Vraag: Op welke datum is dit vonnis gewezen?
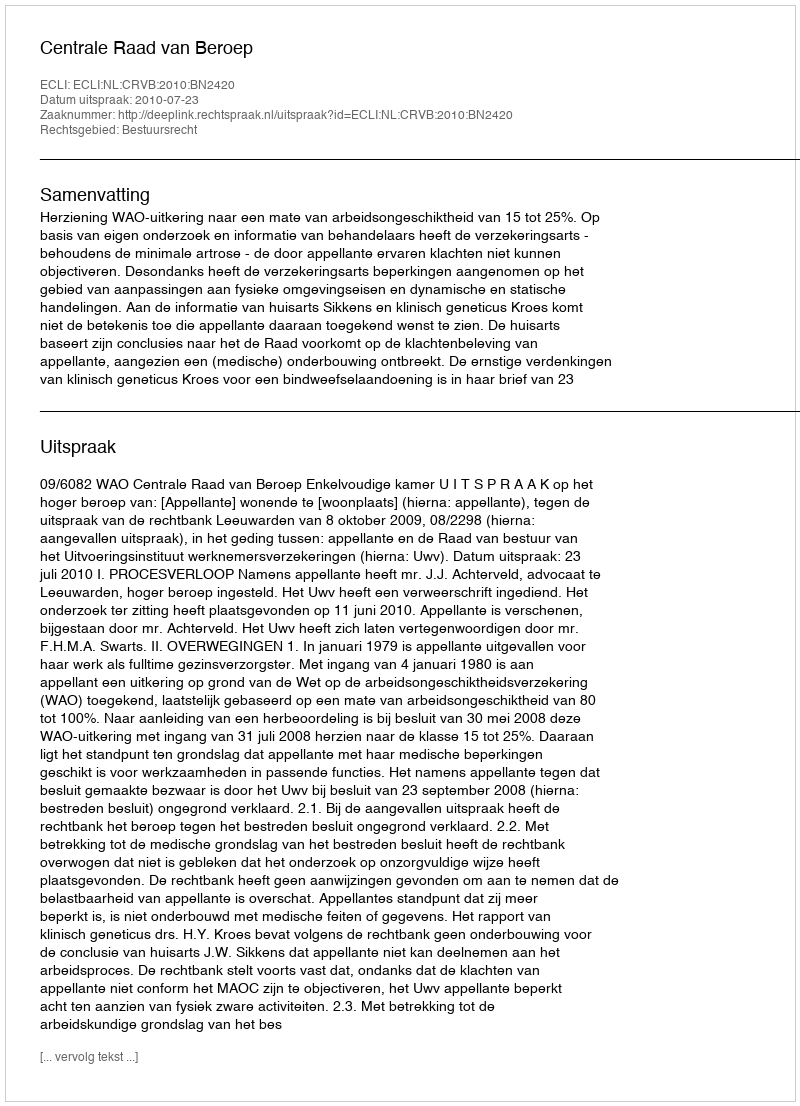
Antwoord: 2010-07-23